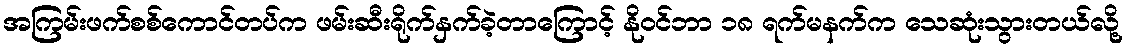
အကြမ်းဖက်စစ်ကောင်တပ်က ဖမ်းဆီးရိုက်နှက်ခဲ့တာကြောင့် နိုဝင်ဘာ ၁၈ ရက်မနက်က သေဆုံးသွားတယ်လို့